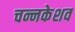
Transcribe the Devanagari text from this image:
चन्नकेशव